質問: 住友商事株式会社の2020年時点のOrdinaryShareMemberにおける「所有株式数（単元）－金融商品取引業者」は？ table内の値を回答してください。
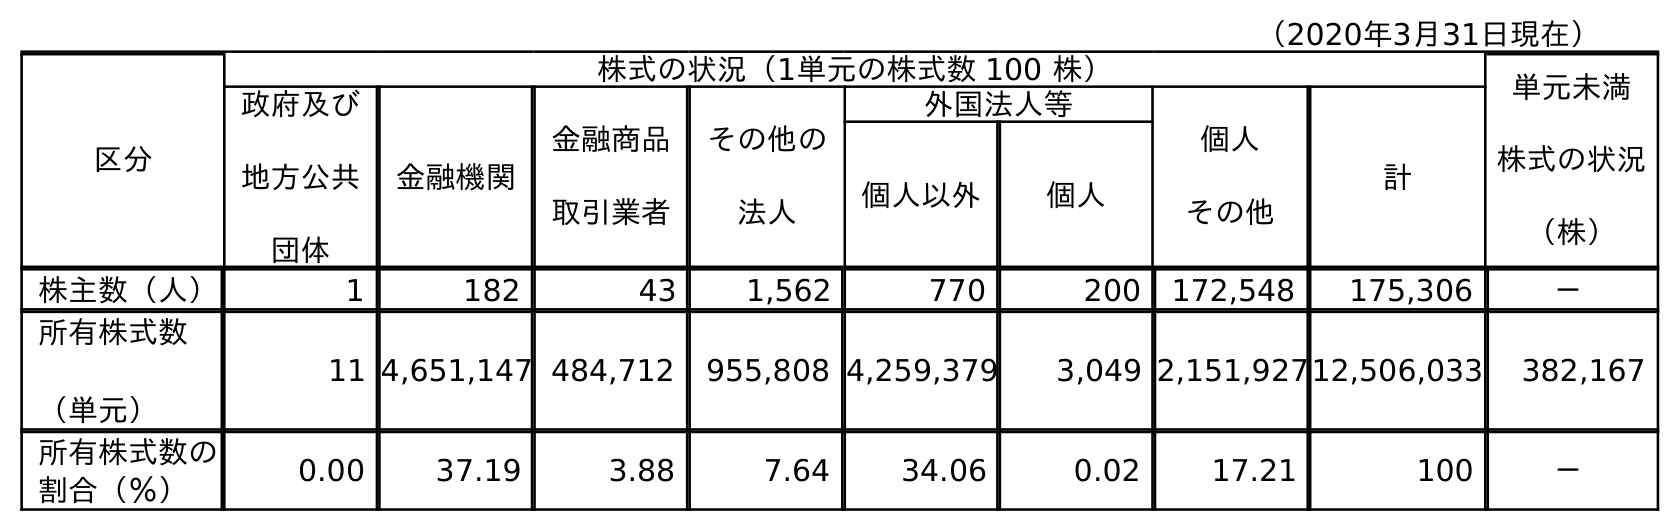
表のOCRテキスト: （2020年3月31日現在） 区分 株式の状況（1単元の株式数 100 株） 単元未満 株式の状況 （株） 政府及び 地方公共 団体 金融機関 金融商品 取引業者 その他の 法人 外国法人等 個人 その他 計 個人以外 個人 株主数（人） 1 182 43 1,562 770 200 172,548 175,306 － 所有株式数 （単元） 11 4,651,147 484,712 955,808 4,259,379 3,049 2,151,92712,506,033 382,167 所有株式数の 割合（％） 0.00 37.19 3.88 7.64 34.06 0.02 17.21 100 －
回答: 484,712